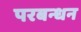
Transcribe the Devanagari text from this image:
परबन्धन